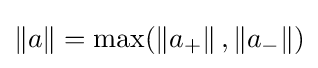
\left\|a\right\|=\max(\left\|a_{+}\right\|,\left\|a_{-}\right\|)